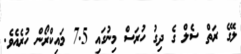
ލޭގެ ރަތް ސެލް ގެ ދިގު ހުރަސް މިނުގައި 7.5 މައިކްރޯން ހުރެއެވެ.